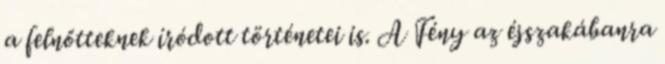
a felnőtteknek íródott történetei is. A Fény az éjszakábanra